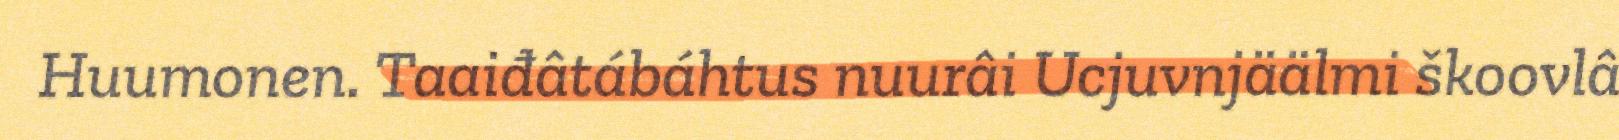
Huumonen. Taaiđâtábáhtus nuurâi Ucjuvnjäälmi škoovlâ